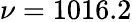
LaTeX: \nu=1016.2